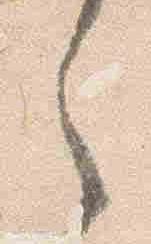
之